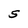
Character: S